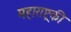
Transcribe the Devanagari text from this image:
महाराष्ट्रकी